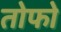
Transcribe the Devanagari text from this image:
तोफो